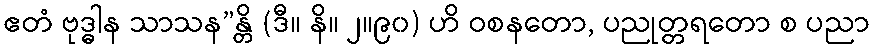
ဧတံ ဗုဒ္ဓါန သာသန”န္တိ (ဒီ။ နိ။ ၂။၉၀) ဟိ ဝစနတော, ပညုတ္တရတော စ ပညာ